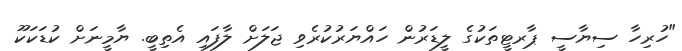
"ހުރިހާ ސިޔާސީ ޕާރޓީތަކުގެ ލީޑަރުން ހައްޔަރުކުރެވި ޖަލަށް ލާފައި އެތިބީ. ޔާމީނަށް ކުޑަކަކޫ